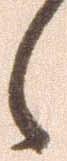
々